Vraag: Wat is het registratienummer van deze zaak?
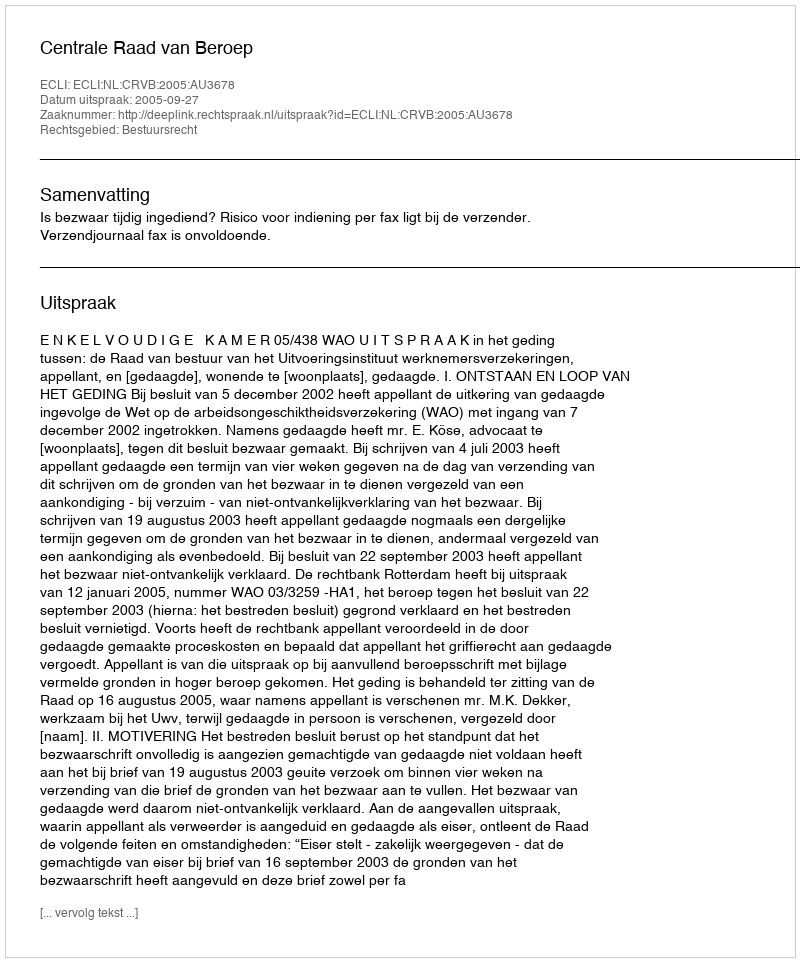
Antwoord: http://deeplink.rechtspraak.nl/uitspraak?id=ECLI:NL:CRVB:2005:AU3678